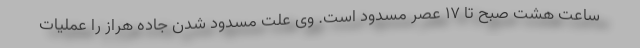
ساعت هشت صبح تا ۱۷ عصر مسدود است. وی علت مسدود شدن جاده هراز را عملیات